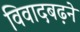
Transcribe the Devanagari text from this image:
विवादबढ़ने